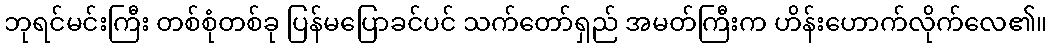
ဘုရင်မင်းကြီး တစ်စုံတစ်ခု ပြန်မပြောခင်ပင် သက်တော်ရှည် အမတ်ကြီးက ဟိန်းဟောက်လိုက်လေ၏။